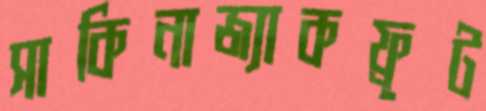
সাকিনাজ্যাকফ্রুট